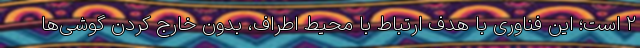
2 است؛ این فناوری با هدف ارتباط با محیط اطراف، بدون خارج کردن گوشی‌ها